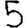
Digit: 5